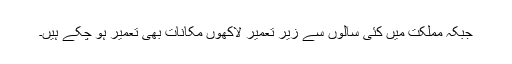
جبکہ مملکت میں کئی سالوں سے زیر تعمیر لاکھوں مکانات بھی تعمیر ہو چکے ہیں۔